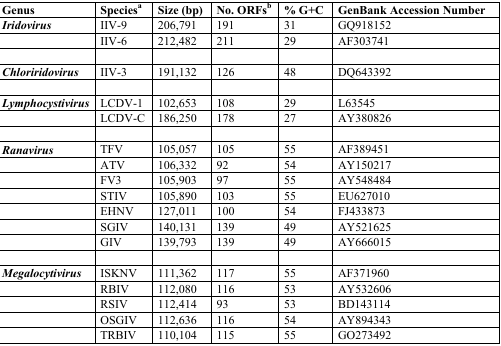
| Genus | Speciesa | Size (bp) | No. ORFsb | % G+C | GenBank Accession Number |
 | --- | --- | --- | --- | --- | --- |
 | Iridovirus | IIV-9 | 206,791 | 191 | 31 | GQ918152 |
 |  | IIV-6 | 212,482 | 211 | 29 | AF303741 |
 |  |  |  |  |  |  |
 | Chloriridovirus | IIV-3 | 191,132 | 126 | 48 | DQ643392 |
 |  |  |  |  |  |  |
 | Lymphocystivirus | LCDV-1 | 102,653 | 108 | 29 | L63545 |
 |  | LCDV-C | 186,250 | 178 | 27 | AY380826 |
 |  |  |  |  |  |  |
 | Ranavirus | TFV | 105,057 | 105 | 55 | AF389451 |
 |  | ATV | 106,332 | 92 | 54 | AY150217 |
 |  | FV3 | 105,903 | 97 | 55 | AY548484 |
 |  | STIV | 105,890 | 103 | 55 | EU627010 |
 |  | EHNV | 127,011 | 100 | 54 | FJ433873 |
 |  | SGIV | 140,131 | 139 | 49 | AY521625 |
 |  | GIV | 139,793 | 139 | 49 | AY666015 |
 |  |  |  |  |  |  |
 | Megalocytivirus | ISKNV | 111,362 | 117 | 55 | AF371960 |
 |  | RBIV | 112,080 | 116 | 53 | AY532606 |
 |  | RSIV | 112,414 | 93 | 53 | BD143114 |
 |  | OSGIV | 112,636 | 116 | 54 | AY894343 |
 |  | TRBIV | 110,104 | 115 | 55 | GO273492 |